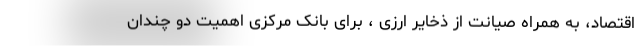
اقتصاد، به همراه صیانت از ذخایر ارزی ، برای بانک مرکزی اهمیت دو چندان